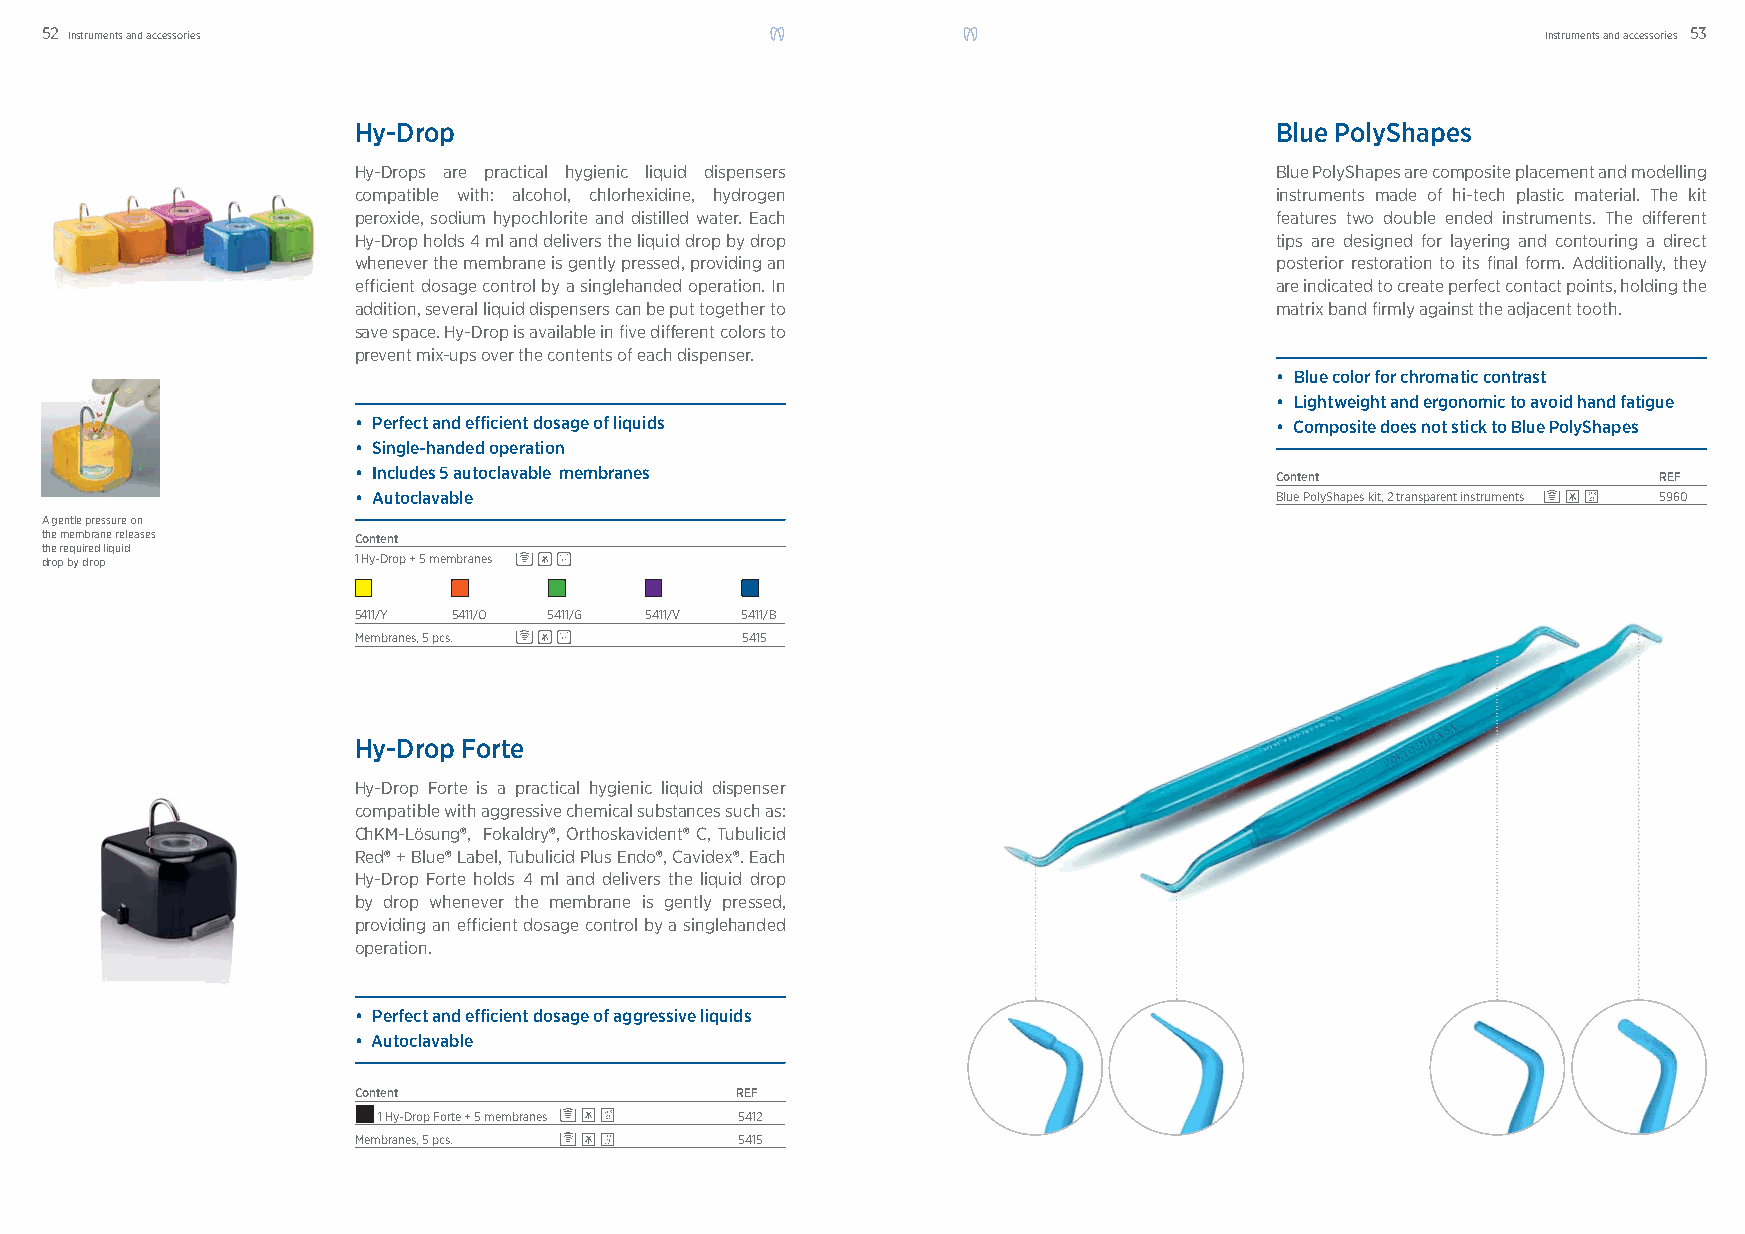
52 Instruments and accessories                                                                     Instruments and accessories 53
 Hy-Drop                                                      Blue PolyShapes
 Hy-Drops are practical hygienic liquid dispensers            Blue PolyShapes are composite placement and modelling
 compatible with: alcohol, chlorhexidine, hydrogen            instruments made of hi-tech plastic material. The kit
 peroxide, sodium hypochlorite and distilled water. Each      features two double ended instruments. The diff erent
 Hy-Drop holds 4 ml and delivers the liquid drop by drop      tips are designed for layering and contouring a direct
 whenever the membrane is gently pressed, providing an        posterior restoration to its fi nal form. Additionally, they
 effi cient dosage control by a singlehanded operation. In    are indicated to create perfect contact points, holding the
 addition, several liquid dispensers can be put together to   matrix band fi rmly against the adjacent tooth.
 save space. Hy-Drop is available in fi ve diff erent colors to
 prevent mix-ups over the contents of each dispenser.
 • Blue color for chromatic contrast
 • Lightweight and ergonomic to avoid hand fatigue
 • Perfect and efficient dosage of liquids                    • Composite does not stick to Blue PolyShapes
 • Single-handed operation
 • Includes 5 autoclavable membranes
 Content                   REF
 • Autoclavable                                               Blue PolyShapes kit, 2 transparent instruments 5960
 A gentle pressure on
 the membrane releases Content
 the required liquid
 drop by drop        1 Hy-Drop + 5 membranes
 5411/Y 5411/O 5411/G 5411/V 5411/B
 Membranes, 5 pcs.         5415
 Hy-Drop Forte
 Hy-Drop Forte is a practical hygienic liquid dispenser
 compatible with aggressive chemical substances such as:
 ChKM-Lösung®, Fokaldry®, Orthoskavident® C, Tubulicid
 Red® + Blue® Label, Tubulicid Plus Endo®, Cavidex®. Each
 Hy-Drop Forte holds 4 ml and delivers the liquid drop
 by drop whenever the membrane is gently pressed,
 providing an effi cient dosage control by a singlehanded
 operation.
 • Perfect and efficient dosage of aggressive liquids
 • Autoclavable
 Content                   REF
 1 Hy-Drop Forte + 5 membranes 5412
 Membranes, 5 pcs.         5415